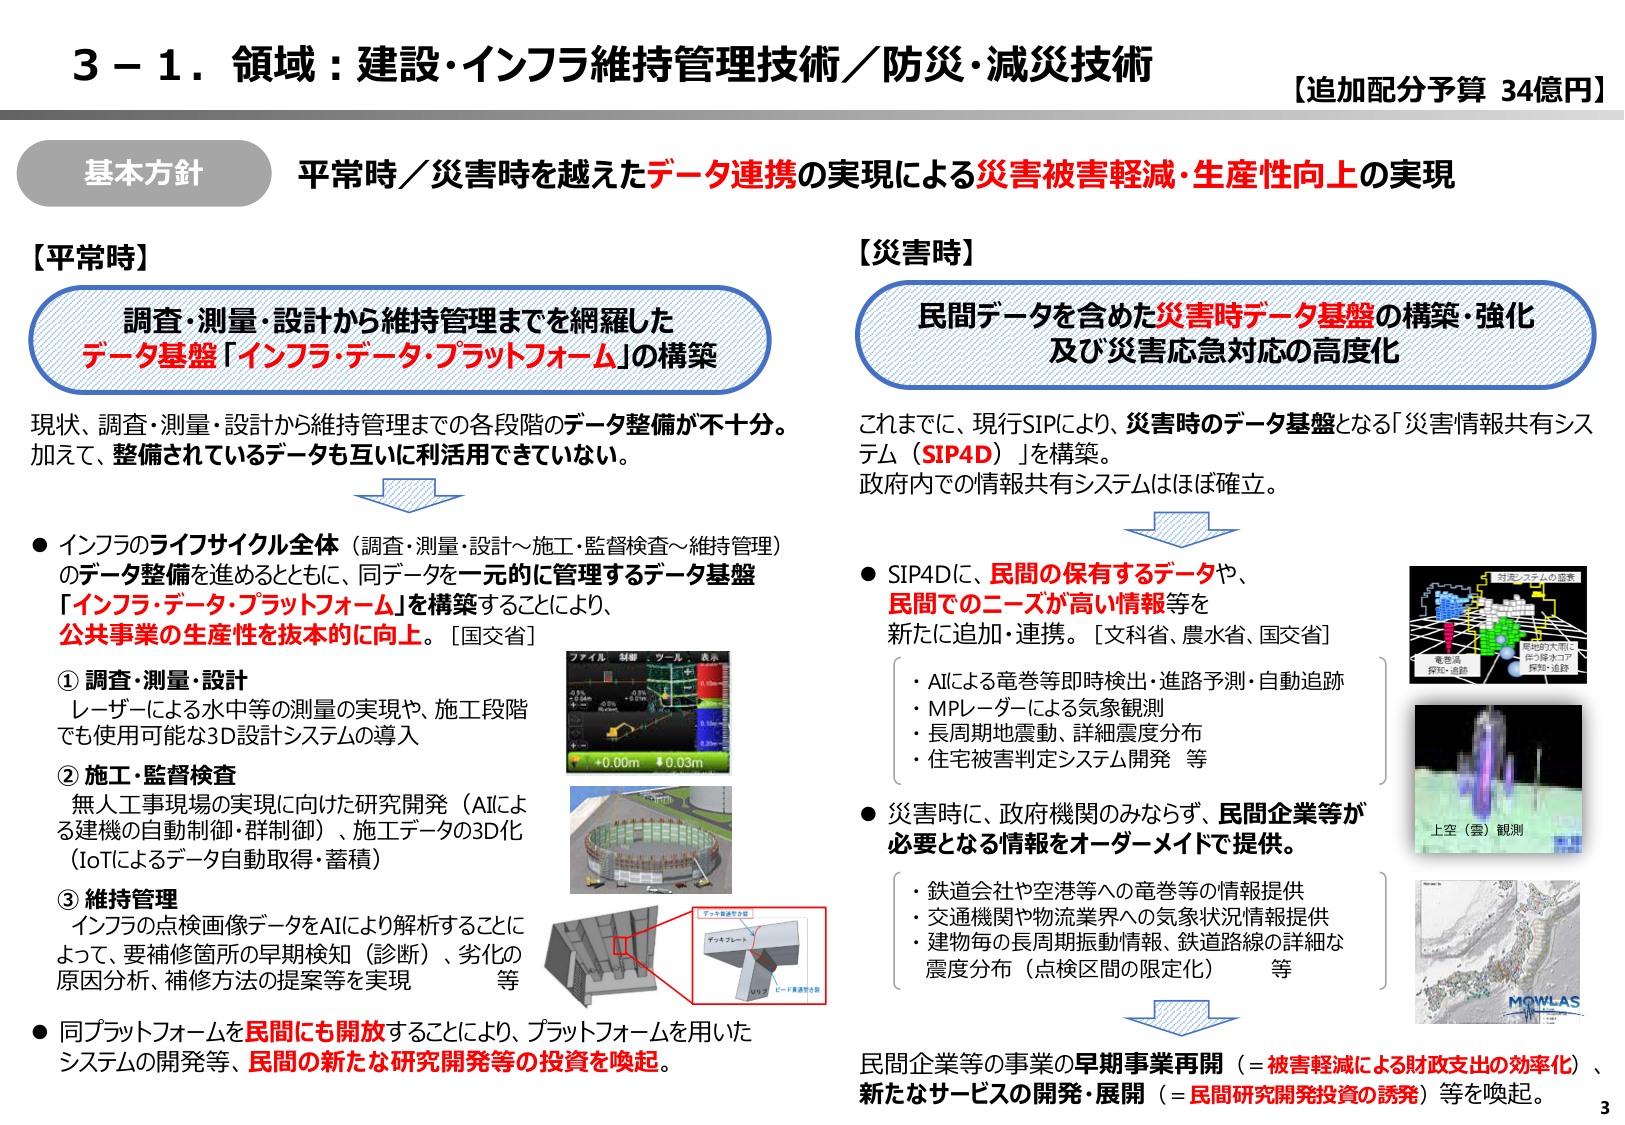
3－1．領域：建設・インフラ維持管理技術／防災・減災技術
【追加配分予算 34億円】

基本方針
平常時／災害時を越えたデータ連携の実現による災害被害軽減・生産性向上の実現

【平常時】
調査・測量・設計から維持管理までを網羅した
データ基盤「インフラ・データ・プラットフォーム」の構築

現状、調査・測量・設計から維持管理までの各段階のデータ整備が不十分。
加えて、整備されているデータも互いに利活用できていない。

● インフラのライフサイクル全体（調査・測量・設計～施工・監督検査～維持管理）
のデータ整備を進めるとともに、同データを一元的に管理するデータ基盤
「インフラ・データ・プラットフォーム」を構築することにより、
公共事業の生産性を抜本的に向上。[国交省]

① 調査・測量・設計
レーザーによる水中等の測量の実現や、施工段階
でも使用可能な3D設計システムの導入

② 施工・監督検査
無人工事現場の実現に向けた研究開発（AIによる
建機の自動制御・群制御）、施工データの3D化
（IoTによるデータ自動取得・蓄積）

③ 維持管理
インフラの点検画像データをAIにより解析することに
よって、要補修箇所の早期検知（診断）、劣化の
原因分析、補修方法の提案等を実現 等

● 同プラットフォームを民間にも開放することにより、プラットフォームを用いた
システムの開発等、民間の新たな研究開発等の投資を喚起。

【災害時】
民間データを含めた災害時データ基盤の構築・強化
及び災害応急対応の高度化

これまでに、現行SIPにより、災害時のデータ基盤となる「災害情報共有システム（SIP4D）」を構築。
政府内での情報共有システムはほぼ確立。

● SIP4Dに、民間の保有するデータや、
民間でのニーズが高い情報を
新たに追加・連携。[文科省、農水省、国交省]
・ AIによる竜巻等即時検出・進路予測・自動追跡
・ MPLレーダーによる気象観測
・ 長周期地震動、詳細震度分布
・ 住宅被害判定システム開発 等

● 災害時に、政府機関のみならず、民間企業等が
必要となる情報をオーダーメイドで提供。
・ 鉄道会社や空港等への竜巻等の情報提供
・ 交通機関や物流業界への気象状況情報提供
・ 建物毎の長周期振動情報、鉄道路線の詳細な
震度分布（点検区間の限定化） 等

民間企業等の事業の早期事業再開（＝被害軽減による財政支出の効率化）、
新たなサービスの開発・展開（＝民間研究開発投資の誘発）等を喚起。

（図中のテキスト）
対応・27人の密集
電磁波
探知・追跡
局地的大雨に
よる降水・ア
探知・追跡
上空（雲）観測
MOWLAS

（画像内テキスト）
ファイル 編集 ツール 表示
+0.00m 0.03m
デッキプレート
リリフ
ビード貫通性欠損
デッキ板間欠損

3